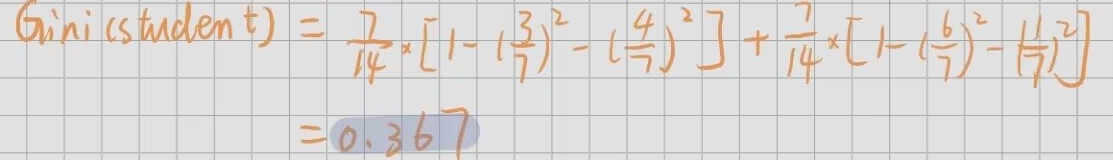
\(\text{Gini(student)} = \frac{7}{14}\times\left[1 - \left(\frac{3}{7}\right)^2 - \left(\frac{4}{7}\right)^2\right] + \frac{7}{14}\times\left[1 - \left(\frac{6}{7}\right)^2 - \left(\frac{1}{7}\right)^2\right] = 0.367\)